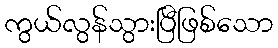
ကွယ်လွန်သွားပြီဖြစ်သော